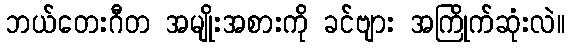
ဘယ်တေးဂီတ အမျိုးအစားကို ခင်ဗျား အကြိုက်ဆုံးလဲ။